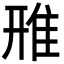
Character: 雃